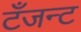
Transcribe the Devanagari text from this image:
टँजन्ट